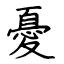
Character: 憂